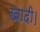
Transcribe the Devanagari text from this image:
खादी।